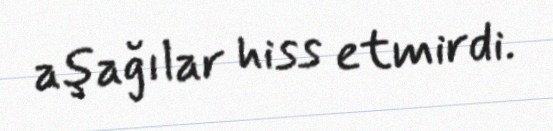
aşağılar hiss etmirdi.